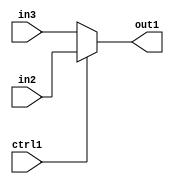
`timescale 1ps / 1ps
/*****************************************************************************
    Verilog RTL Description
    
    
    Created by: Stratus DpOpt 2019.1.01 
*******************************************************************************/

module pe_array_N_Muxb_1_2_2_4 (
	in3,
	in2,
	ctrl1,
	out1
	); /* architecture "behavioural" */ 
input  in3,
	in2,
	ctrl1;
output  out1;
wire  asc001;

reg [0:0] asc001_tmp_0;
assign asc001 = asc001_tmp_0;
always @ (ctrl1 or in2 or in3) begin
	case (ctrl1)
		1'B1 : asc001_tmp_0 = in2 ;
		default : asc001_tmp_0 = in3 ;
	endcase
end

assign out1 = asc001;
endmodule

/* CADENCE  uLT4QgA= : u9/ySgnWtBlWxVPRXgAZ4Og= ** DO NOT EDIT THIS LINE ******/